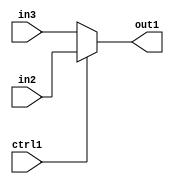
`timescale 1ps / 1ps
/*****************************************************************************
    Verilog RTL Description
    
    
    Created by: Stratus DpOpt 2019.1.01 
*******************************************************************************/

module pe_array_N_Muxb_1_2_2_4 (
	in3,
	in2,
	ctrl1,
	out1
	); /* architecture "behavioural" */ 
input  in3,
	in2,
	ctrl1;
output  out1;
wire  asc001;

reg [0:0] asc001_tmp_0;
assign asc001 = asc001_tmp_0;
always @ (ctrl1 or in2 or in3) begin
	case (ctrl1)
		1'B1 : asc001_tmp_0 = in2 ;
		default : asc001_tmp_0 = in3 ;
	endcase
end

assign out1 = asc001;
endmodule

/* CADENCE  uLT4QgA= : u9/ySgnWtBlWxVPRXgAZ4Og= ** DO NOT EDIT THIS LINE ******/